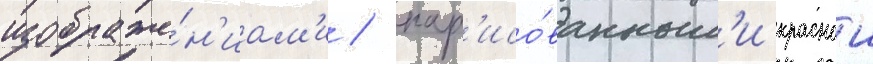
изображе́н'иам'и / нар'исо́ванным'и краснои